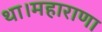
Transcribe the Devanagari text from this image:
था।महाराणा